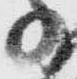
少